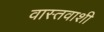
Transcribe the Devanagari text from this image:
वास्तवाशी